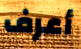
أعرف